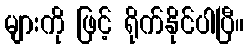
များကို ဖြင့် ရိုက်နိုင်ပါပြီ။